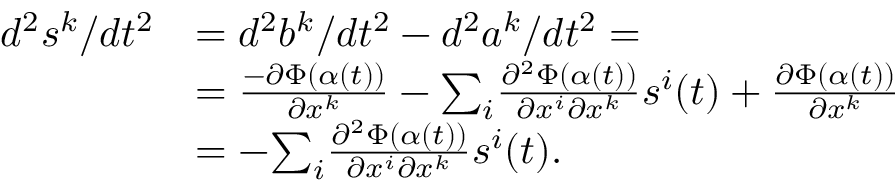
\begin{array} { r l } { d ^ { 2 } s ^ { k } / d t ^ { 2 } } & { = d ^ { 2 } b ^ { k } / d t ^ { 2 } - d ^ { 2 } a ^ { k } / d t ^ { 2 } = } \\ & { = \frac { - \partial \Phi ( \alpha ( t ) ) } { \partial x ^ { k } } - { \textstyle \sum _ { i } } \frac { \partial ^ { 2 } \Phi ( \alpha ( t ) ) } { \partial x ^ { i } \partial x ^ { k } } s ^ { i } ( t ) + \frac { \partial \Phi ( \alpha ( t ) ) } { \partial x ^ { k } } } \\ & { = - { \textstyle \sum _ { i } } \frac { \partial ^ { 2 } \Phi ( \alpha ( t ) ) } { \partial x ^ { i } \partial x ^ { k } } s ^ { i } ( t ) . } \end{array}